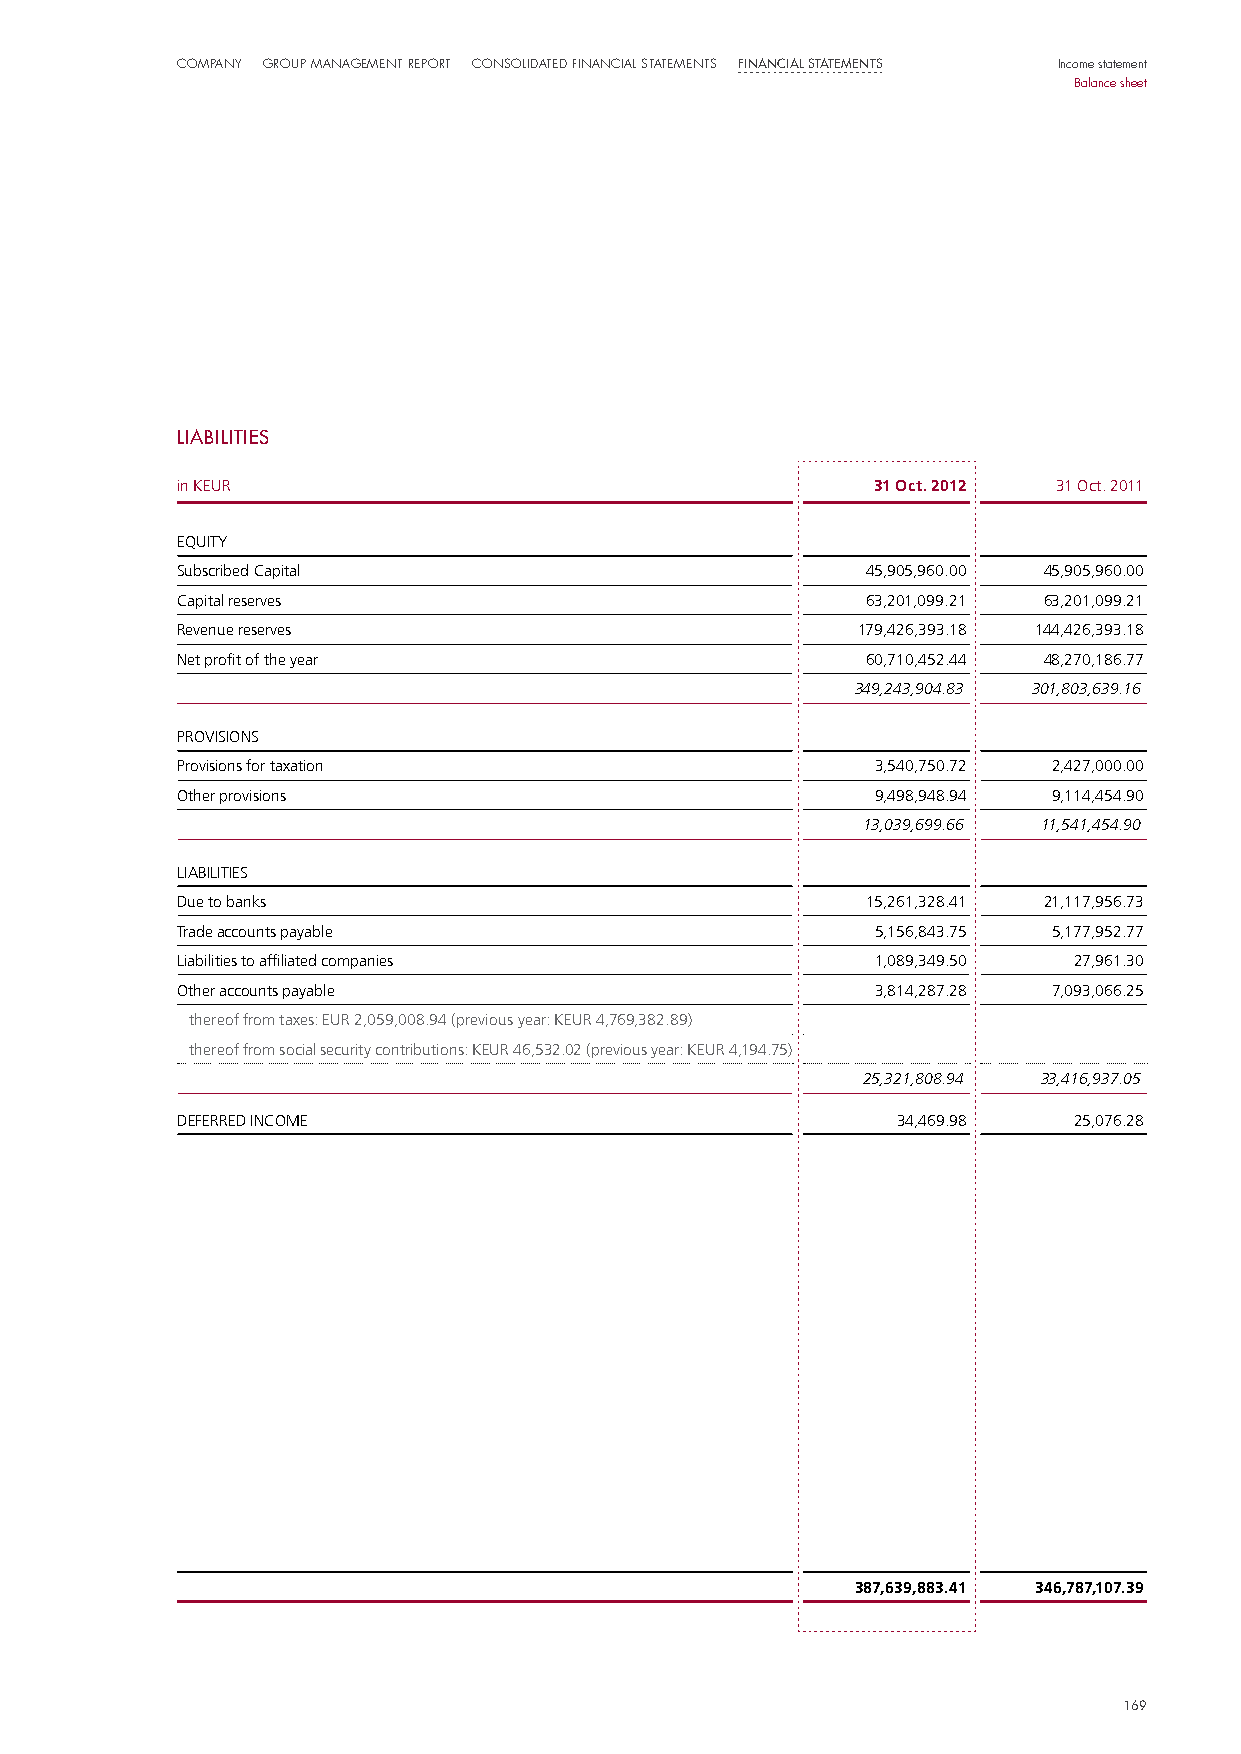
Company Group manaGement report Consolidated finanCial statements Financial statements Income statement
 Balance sheet
 LIABILItIeS
 in KEUR                                       31 Oct. 2012 31 Oct. 2011
 EQUITY
 Subscribed Capital                           45,905,960.00 45,905,960.00
 Capital reserves                             63,201,099.21 63,201,099.21
 Revenue reserves                             179,426,393.18 144,426,393.18
 Net profit of the year                       60,710,452.44 48,270,186.77
 349,243,904.83 301,803,639.16
 PROvISIONS
 Provisions for taxation                       3,540,750.72 2,427,000.00
 Other provisions                              9,498,948.94 9,114,454.90
 13,039,699.66 11,541,454.90
 LIABILITIES
 Due to banks                                 15,261,328.41 21,117,956.73
 Trade accounts payable                        5,156,843.75 5,177,952.77
 Liabilities to affiliated companies           1,089,349.50 27,961.30
 Other accounts payable                        3,814,287.28 7,093,066.25
 thereof from taxes: EUR 2,059,008.94 (previous year: KEUR 4,769,382.89)
 thereof from social security contributions: KEUR 46,532.02 (previous year: KEUR 4,194.75)
 25,321,808.94 33,416,937.05
 DEFERRED INCOME                                34,469.98   25,076.28
 387,639,883.41 346,787,107.39
 116699